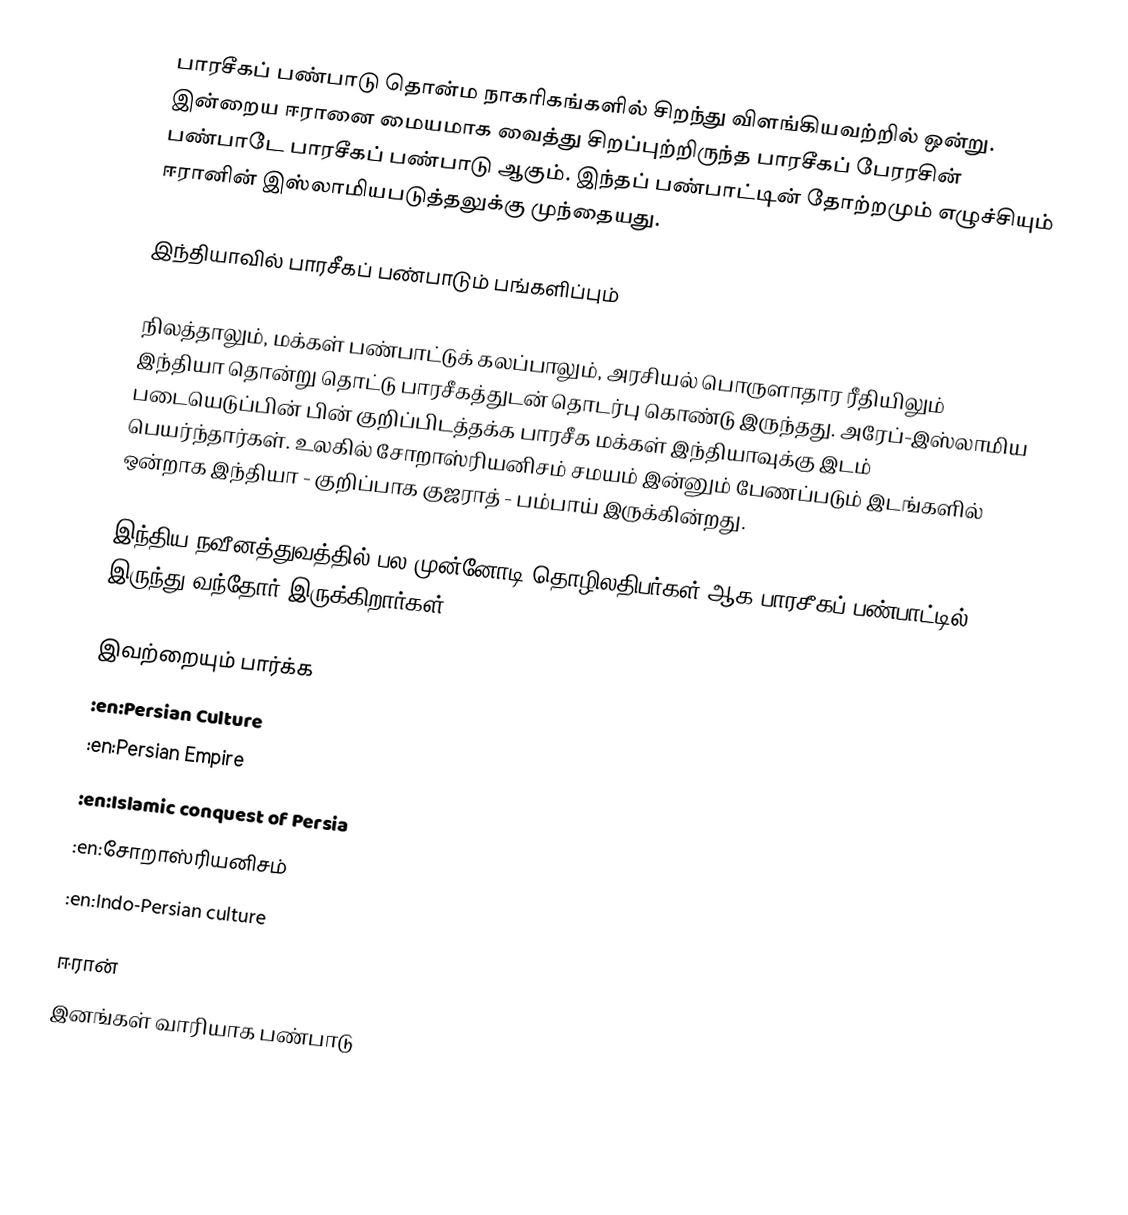
பாரசீகப் பண்பாடு தொன்ம நாகரிகங்களில் சிறந்து விளங்கியவற்றில் ஒன்று.  இன்றைய ஈரானை மையமாக வைத்து சிறப்புற்றிருந்த பாரசீகப் பேரரசின் பண்பாடே பாரசீகப் பண்பாடு ஆகும்.  இந்தப் பண்பாட்டின் தோற்றமும் எழுச்சியும் ஈரானின் இஸ்லாமியபடுத்தலுக்கு முந்தையது.

இந்தியாவில் பாரசீகப் பண்பாடும் பங்களிப்பும்

நிலத்தாலும், மக்கள் பண்பாட்டுக் கலப்பாலும், அரசியல் பொருளாதார ரீதியிலும் இந்தியா தொன்று தொட்டு பாரசீகத்துடன் தொடர்பு கொண்டு இருந்தது. அரேப்-இஸ்லாமிய படையெடுப்பின் பின் குறிப்பிடத்தக்க பாரசீக மக்கள் இந்தியாவுக்கு இடம் பெயர்ந்தார்கள்.  உலகில் சோறாஸ்ரியனிசம் சமயம் இன்னும் பேணப்படும் இடங்களில் ஒன்றாக இந்தியா - குறிப்பாக குஜராத் - பம்பாய் இருக்கின்றது.

இந்திய நவீனத்துவத்தில் பல முன்னோடி தொழிலதிபர்கள் ஆக பாரசீகப் பண்பாட்டில் இருந்து வந்தோர் இருக்கிறார்கள்.

இவற்றையும் பார்க்க
 :en:Persian Culture
 :en:Persian Empire
 :en:Islamic conquest of Persia
 :en:சோறாஸ்ரியனிசம்
 :en:Indo-Persian culture

ஈரான்
இனங்கள் வாரியாக பண்பாடு